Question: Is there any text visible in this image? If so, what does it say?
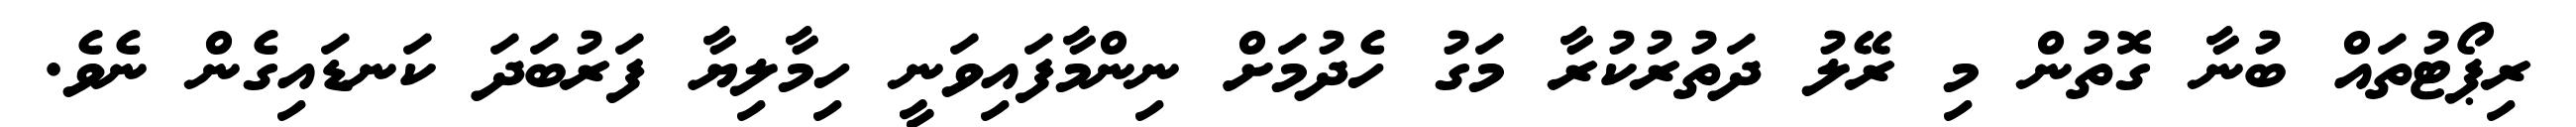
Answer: ރިޕޯޓުތައް ބުނާ ގޮތުން މި ރޭލު ދަތުރުކުރާ މަގު ހެދުމަށް ނިންމާފައިވަނީ ހިމާލިޔާ ފަރުބަދަ ކަނޑައިގެން ނެވެ.